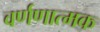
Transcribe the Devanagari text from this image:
वर्णणात्मक